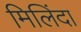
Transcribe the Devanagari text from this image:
मिलिंदा